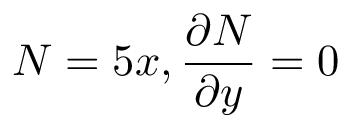
N = 5 x , { \frac { \partial N } { \partial y } } = 0